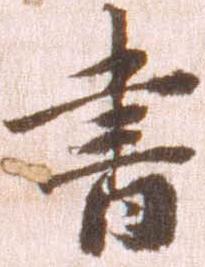
書